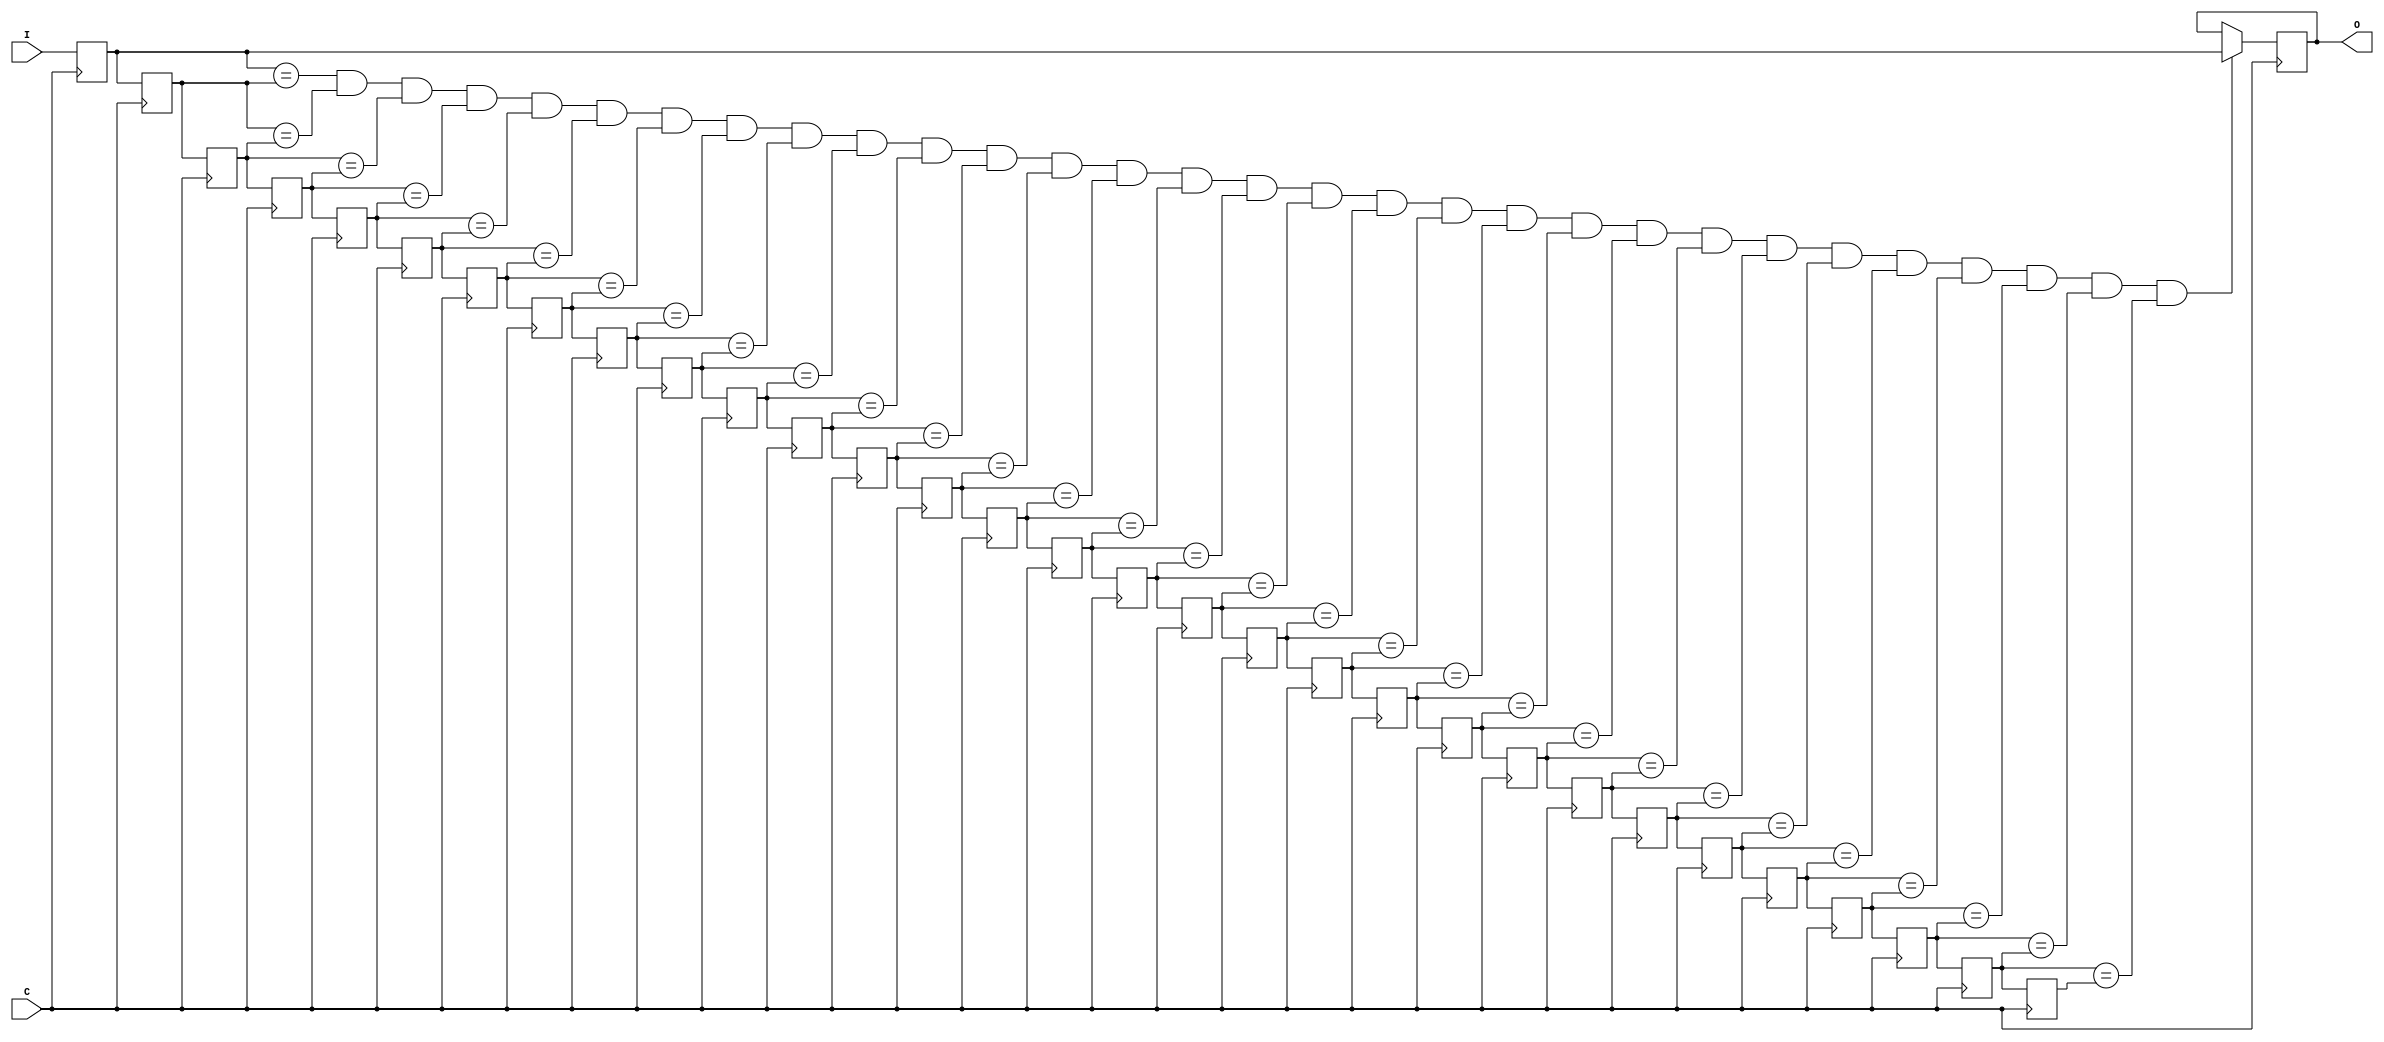

module debouncer (I, O, C);
   
   input     I;
   output    O;
   input     C;

   
   reg Q1, Q2, Q3, Q4, Q5, Q6, Q7, Q8, Q9, Q10,
	    Q11, Q12, Q13, Q14, Q15, Q16, Q17, Q18, Q19, Q20,
		 Q21, Q22, Q23, Q24, Q25, Q26, Q27, Q28, Q29, Q30,
		 Q31, Q32;

   always @(posedge C) begin
      Q1 <= #1 I;
      Q2 <= #1 Q1;
      Q3 <= #1 Q2;
      Q4 <= #1 Q3;
		Q5 <= #1 Q4;
		Q6 <= #1 Q5;
		Q7 <= #1 Q6;
		Q8 <= #1 Q7;
		Q9 <= #1 Q8;
	   Q10 <= #1 Q9;
      Q11 <= #1 Q10;
      Q12 <= #1 Q11;
      Q13 <= #1 Q12;
      Q14 <= #1 Q13;
		Q15 <= #1 Q14;
		Q16 <= #1 Q15;
		Q17 <= #1 Q16;
		Q18 <= #1 Q17;
		Q19 <= #1 Q18;
	   Q20 <= #1 Q19;
      Q21 <= #1 Q20;
      Q22 <= #1 Q21;
      Q23 <= #1 Q22;
      Q24 <= #1 Q23;
		Q25 <= #1 Q24;
		Q26 <= #1 Q25;
		Q27 <= #1 Q26;
		Q28 <= #1 Q27;
		Q29 <= #1 Q28;
	   Q30 <= #1 Q29;
      Q31 <= #1 Q30;


		Q32 <= ((Q1==Q2)&&(Q2==Q3)&&(Q3==Q4)&&(Q4==Q5)&&(Q5==Q6)&&(Q6==Q7)&&(Q7==Q8)&&(Q8==Q9)&&(Q9==Q10)&&(Q10==Q11)&&
              (Q11==Q12)&&(Q12==Q13)&&(Q13==Q14)&&(Q14==Q15)&&(Q15==Q16)&&(Q16==Q17)&&(Q17==Q18)&&(Q18==Q19)&&(Q19==Q20)&&(Q20==Q21)&&
              (Q21==Q22)&&(Q22==Q23)&&(Q23==Q24)&&(Q24==Q25)&&(Q25==Q26)&&(Q26==Q27)&&(Q27==Q28)&&(Q28==Q29)&&(Q29==Q30)&&(Q30==Q31)) ? Q1 : Q32;
   end
   
   assign O = Q32;
   
endmodule

//////////////////////////////////////////////////////////////////////////
//variable length debouncer (untested)
// length = number of flip flops to use
// debounce period = 2 ^ (length - 1)
// (larger lenght)=(longer debounceing period)
module our_debouncer (I, O, C);
   parameter length = 16; // to be overwriten
   
   input     I;
   output    O;
   input     C;
   
   reg [length-1:0] cntr;
   initial cntr = 0;

   always @(posedge C) begin
      if (cntr[length-1] ^ I) begin
	 cntr <= cntr + 1;
      end
   end
   
   upedge dbnc(.I(cntr[length-1]), .O(O), .C(C));
   
endmodule // bin_debounce

//////////////////////////////////////////////////////////////////////////
//variable width rising edge catcher
module upedge (I, O, C);
   parameter width = 1; // to be overwriten
   
   input [width-1:0] I;
   output [width-1:0] O;
   input 	      C;
   
   reg [width-1:0]    D0;
   reg [width-1:0]    D1;
   
   always @(posedge C) begin
      D1 <= D0;
      D0 <= I;      
   end
   
   assign O =  ~D1 & D0;
endmodule // upedge

//////////////////////////////////////////////////////////////////////////
//variable width rising edge catcher
module upedge_A (I, O, C);
   parameter width = 1; // to be overwriten
   
   input [width-1:0] I;
   output [width-1:0] O;
   input 	      C;
   
   reg [width-1:0]    D;
   
   always @(posedge C) begin
      D <= I;      
   end
   
   assign O =  ~D & I;
endmodule // upedge